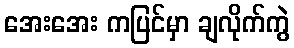
အေးအေး ကပြင်မှာ ချလိုက်ကွဲ